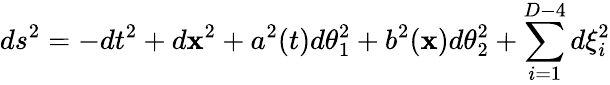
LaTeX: ds^{2}=-dt^{2}+d\mathbf{x}^{2}+a^{2}(t)d\theta_{1}^{2}+b^{2}(\mathbf{x})d\theta_{2}^{2}+\sum_{i=1}^{D-4}d\xi_{i}^{2}